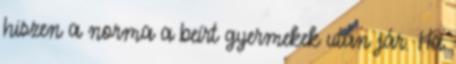
hiszen a norma a beírt gyermekek után jár. Ha